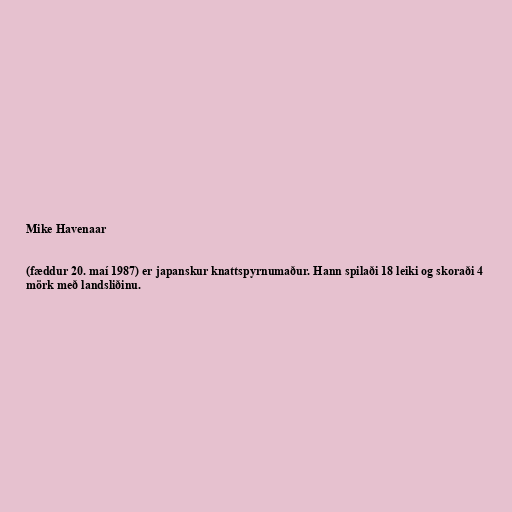
Mike Havenaar

(fæddur 20. maí 1987) er japanskur knattspyrnumaður. Hann spilaði 18 leiki og skoraði 4
mörk með landsliðinu.